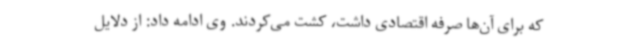
که برای آن‌ها صرفه اقتصادی داشت، کشت می‌کردند. وی ادامه داد: از دلایل